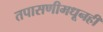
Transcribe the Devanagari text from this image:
तपासणीमधूनही